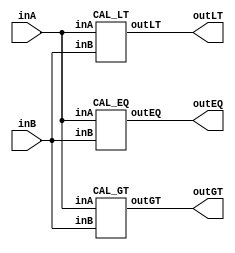
/* CSED273 lab2 experiment 1 */
/* lab2_1.v */
/* 20220100  */

/* Unsimplifed equation
 * You are allowed to use keword "assign" and operator "&","|","~",
 * or just implement with gate-level-modeling (and, or, not) */
module lab2_1(
    output wire outGT, outEQ, outLT,
    input wire [1:0] inA,
    input wire [1:0] inB
    );

    CAL_GT cal_gt(outGT, inA, inB);
    CAL_EQ cal_eq(outEQ, inA, inB);
    CAL_LT cal_lt(outLT, inA, inB);
    
endmodule

/* Implement output about "A>B" */
module CAL_GT(
    output wire outGT,
    input wire [1:0] inA,
    input wire [1:0] inB
    );

    ////////////////////////
    wire gt1, gt2, gt3, gt4, gt5, gt6;
    and(gt1, ~inA[1], inA[0], ~inB[1], ~inB[0]); //gt1 = A1'A0B1'B0'
    and(gt2, inA[1], ~inA[0], ~inB[1], ~inB[0]); //gt2 = A1A0'B1'B0'
    and(gt3, inA[1], inA[0], ~inB[1], ~inB[0]); //gt3 = A1A0B1'B0'
    and(gt4, inA[1], ~inA[0], ~inB[1], inB[0]); //gt4 = A1A0'B1'B0
    and(gt5, inA[1], inA[0], ~inB[1], inB[0]); //gt5 = A1A0B1'B0
    and(gt6, inA[1], inA[0], inB[1], ~inB[0]); //gt6 = A1A0B1B0'
    or(outGT, gt1, gt2, gt3, gt4, gt5, gt6); //outGT(A>B) = gt1+gt2+gt3+gt4+gt5+gt6 = A1'A0B1'B0' + A1A0'B1'B0' + A1A0B1'B0' + A1A0'B1'B0 + A1A0B1'B0 + A1A0B1B0'
    ////////////////////////

endmodule

/* Implement output about "A=B" */
module CAL_EQ(
    output wire outEQ,
    input wire [1:0] inA, 
    input wire [1:0] inB
    );

    ////////////////////////
    wire eq1, eq2, eq3, eq4;
    and(eq1, ~inA[1], ~inA[0], ~inB[1], ~inB[0]); //eq1 = A1'A0'B1'B0'
    and(eq2, ~inA[1], inA[0], ~inB[1], inB[0]); //eq2 = A1'A0B1'B0
    and(eq3, inA[1], ~inA[0], inB[1], ~inB[0]); //eq3 = A1A0'B1B0'
    and(eq4, inA[1], inA[0], inB[1], inB[0]); //eq4 = A1A0B1B0
    or(outEQ, eq1, eq2, eq3, eq4); //outEQ(A=B) = eq1+eq2+eq3+eq4 = A1'A0'B1'B0' + A1'A0B1'B0 + A1A0'B1B0' + A1A0B1B0
    ////////////////////////

endmodule

/* Implement output about "A<B" */
module CAL_LT(
    output wire outLT,
    input wire [1:0] inA, 
    input wire [1:0] inB
    );

    ////////////////////////
    wire lt1, lt2, lt3, lt4, lt5, lt6;
    and(lt1, ~inA[1], ~inA[0], ~inB[1], inB[0]); //lt1 = A1'A0'B1'B0
    and(lt2, ~inA[1], ~inA[0], inB[1], inB[0]); //lt2 = A1'A0'B1B0
    and(lt3, ~inA[1], inA[0], inB[1], inB[0]); //lt3 = A1'A0B1B0
    and(lt4, ~inA[1], ~inA[0], inB[1], ~inB[0]); //lt4 = A1'A0'B1B0'
    and(lt5, ~inA[1], inA[0], inB[1], ~inB[0]); //lt5 = A1'A0B1B0'
    and(lt6, inA[1], ~inA[0], inB[1], inB[0]); //lt6 = A1A0'B1B0
    or(outLT, lt1, lt2, lt3, lt4, lt5, lt6); //outLT(A<B) = lt1+lt2+lt3+lt4+lt5+lt6 = A1'A0'B1'B0 + A1'A0'B1B0 + A1'A0B1B0 + A1'A0'B1B0' + A1'A0B1B0' + A1A0'B1B0
    ////////////////////////

endmodule